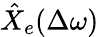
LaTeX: \hat{X}_{e}(\Delta\omega)